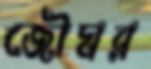
জৌঘর